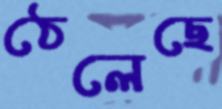
ঠেলেছে